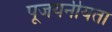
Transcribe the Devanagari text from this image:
पूजयनीयता